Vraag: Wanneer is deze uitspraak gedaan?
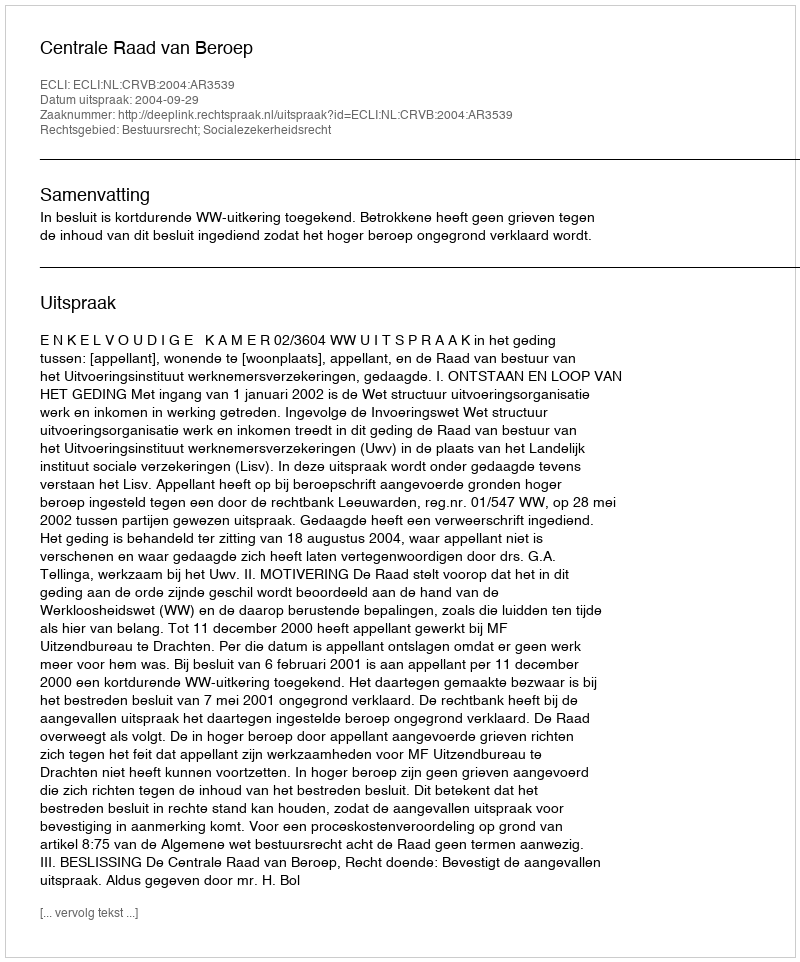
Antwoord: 2004-09-29